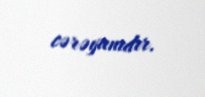
cərəyanıdır.